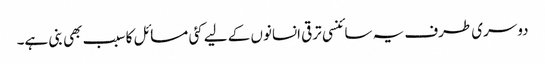
دوسری طرف یہ سائنسی ترقی انسانوں کے لیے کئی مسائل کا سبب بھی بنی ہے۔